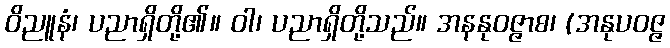
ဝိညူနံ၊ ပညာရှိတို့၏။ ဝါ၊ ပညာရှိတို့သည်။ အနနုဝဇ္ဇာစ၊ (အနုပဝဇ္ဇ